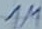
Text: 1M